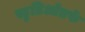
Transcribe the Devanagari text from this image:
स्टुडिओतर्फे